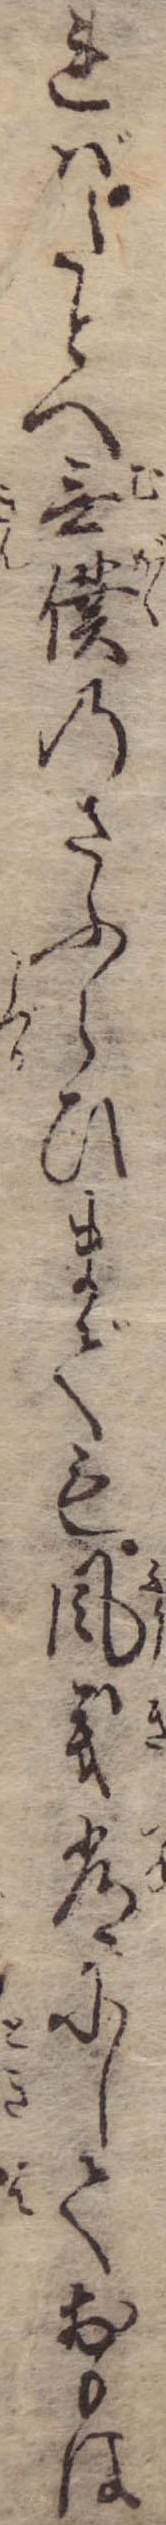
ればたとへ無僕のさふらひまでも風義常にしておもは